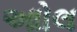
આોલ